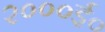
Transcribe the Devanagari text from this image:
२०००ई०